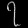
Digit: ၇